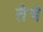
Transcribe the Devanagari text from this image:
तेेथे